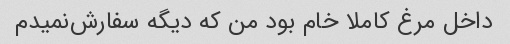
داخل مرغ کاملا خام بود من که دیگه سفارش‌نمیدم